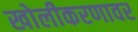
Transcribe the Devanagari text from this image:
खोलीकरणावर